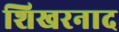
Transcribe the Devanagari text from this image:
शिखरनाद